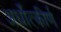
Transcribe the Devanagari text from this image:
अर्धोत्कीर्ण